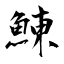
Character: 鯟